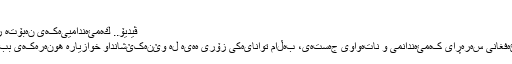
ڤیدیۆ – basknet.org
ڤيديۆ.. كەمئەندامییەکەی نەبۆتە رێگر لەبەردەم خەونەکانی
کچێکی تەمەن ١٦ ساڵی ئەفغانی سەرەڕای کەمئەندانمی و ناتەواوی جەستەی، بەڵام توانایەکی زۆری هەیە لە وێنەکێشانداو خوازیارە هونەرەکەی ببێتە هۆی بەناوبانگبوونی.